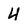
Character: 4